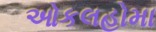
ઓકલહોમા